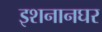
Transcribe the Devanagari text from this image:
इशनानघर